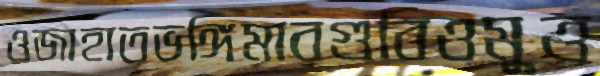
ওজাহাতভঙ্গিমারগুবিওমুত্ত